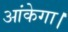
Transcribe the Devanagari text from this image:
आंकेगा।